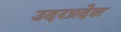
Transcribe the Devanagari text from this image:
उदरप्रदेश